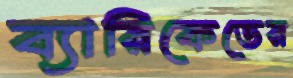
ব্যারিকেডের